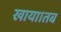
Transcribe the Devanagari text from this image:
खाया।तब